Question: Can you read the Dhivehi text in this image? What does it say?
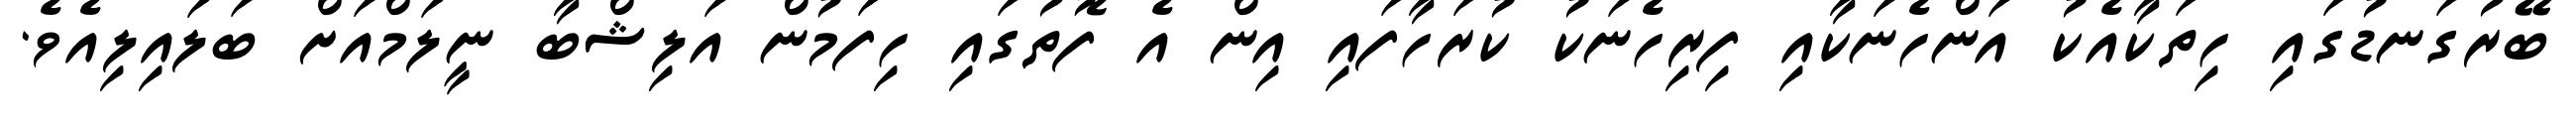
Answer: ބޭރުގަނޑުގައި ހިތަކާއެކު އަންހެނަކާއި ފިރިހެނަކު ކުރަހާފައި އިން އެ ފޮތުގައި ހިފަމުން އަލިޝްބާ ނީލަމްއަށް ބަލައިލިއެވެ.